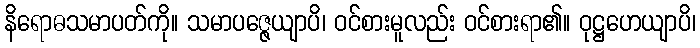
နိရောဓသမာပတ်ကို။ သမာပဇ္ဇေယျာပိ၊ ဝင်စားမူလည်း ဝင်စားရာ၏။ ဝုဋ္ဌဟေယျာပိ၊